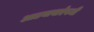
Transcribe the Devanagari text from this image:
आडनावाऐवजी